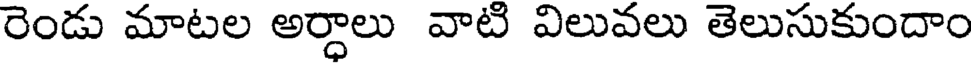
రెండు మాటల అర్ధాలు వాటి విలువలు తెలుసుకుందాం